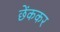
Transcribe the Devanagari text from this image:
छेंककर